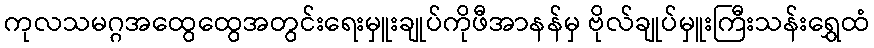
ကုလသမဂ္ဂအထွေထွေအတွင်းရေးမှူးချုပ်ကိုဖီအာနန်မှ ဗိုလ်ချုပ်မှူးကြီးသန်းရွှေထံ